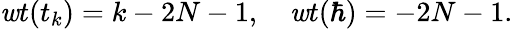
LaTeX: \mathit{w}t(t_{k})=k-2N-1,~~~~\mathit{w}t(\hbar)=-2N-1.